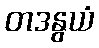
တဒနွယံ